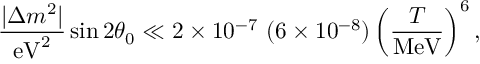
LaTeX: \frac { | \Delta m ^ { 2 } | } { \mathrm { e V } ^ { 2 } } \sin 2 \theta _ { 0 } \ll 2 \times 1 0 ^ { - 7 } \ ( 6 \times 1 0 ^ { - 8 } ) \left( \frac { T } { \mathrm { M e V } } \right) ^ { 6 } ,